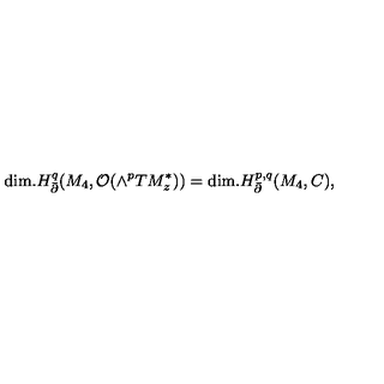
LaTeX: \mathrm { d i m . } H _ { \bar { \partial } } ^ { q } ( M _ { 4 } , { \cal O } ( \wedge ^ { p } T M _ { z } ^ { \ast } ) ) = \mathrm { d i m . } H _ { \bar { \partial } } ^ { p , q } ( M _ { 4 } , C ) ,